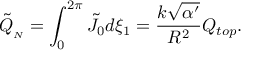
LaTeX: \tilde { Q } _ { _ { N } } = \int _ { 0 } ^ { 2 \pi } \tilde { J } _ { 0 } d \xi _ { 1 } = \frac { k \sqrt { \alpha ^ { \prime } } } { R ^ { 2 } } Q _ { t o p } .